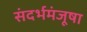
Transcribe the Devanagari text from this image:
संदर्भमंजूषा